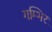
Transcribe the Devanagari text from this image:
गम्भिर